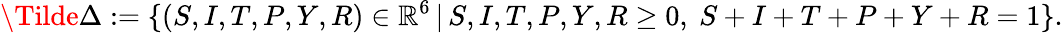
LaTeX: \Tilde{\Delta}:=\{ (S,I,T,P,Y,R)\in\mathbb{R}^{6}\, |\, S,I,T,P,Y,R\geq 0,\ S+I+T+P+Y+R=1\} .